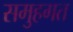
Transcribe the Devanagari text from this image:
समुहगत